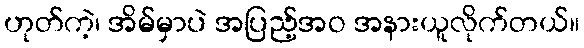
ဟုတ်ကဲ့၊ အိမ်မှာပဲ အပြည့်အဝ အနားယူလိုက်တယ်။